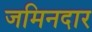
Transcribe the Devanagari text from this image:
जमिनदार